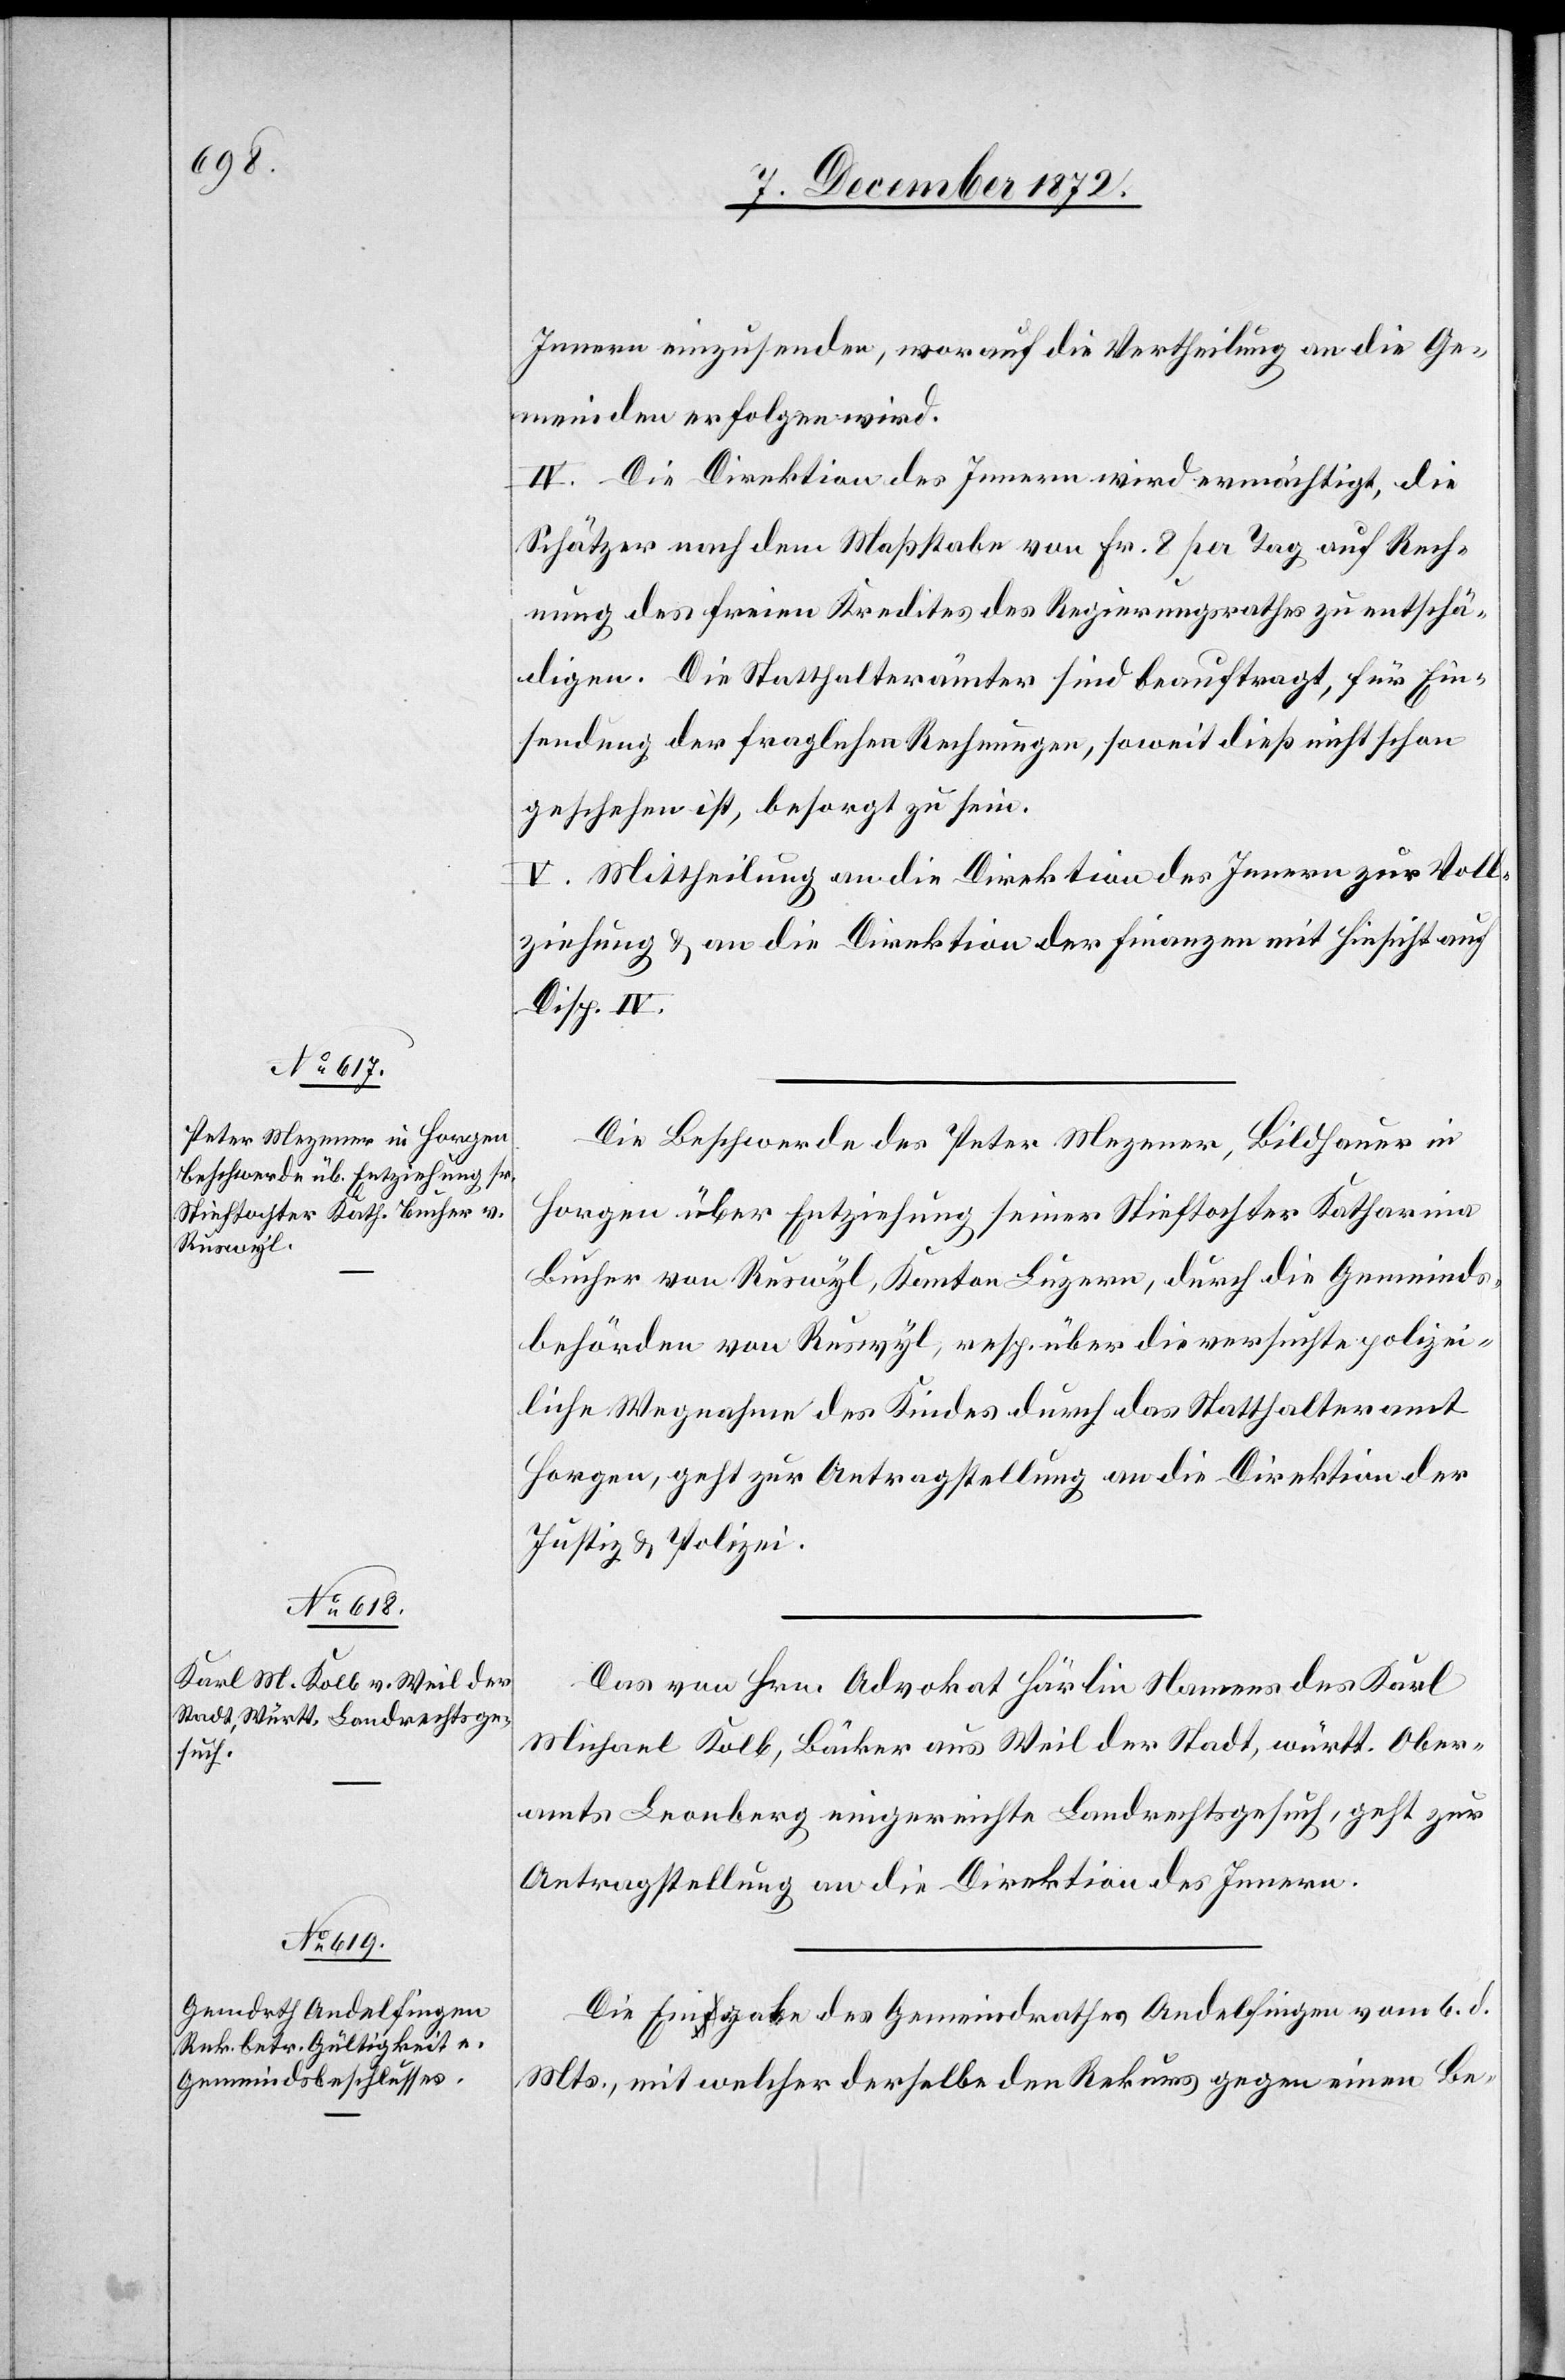
10. December 1872.]
Innern einzusenden, worauf die Vertheilung an die Ge¬
meinden erfolgen wird.
IV. Die Direktion des Innern wird ermächtigt, die
Schätzer nach dem Maßstabe von Fr. 8 per Tag auf Rech¬
nung des freien Kredites des Regierungsrathes zu entschä¬
digen. Die Statthalterämter sind beauftragt, für Ein¬
sendung der fraglichen Rechnungen, soweit dieß nicht schon
geschehen ist, besorgt zu sein.
V. Mittheilung an die Direktion des Innern zur Voll¬
ziehung u. an die Direktion der Finanzen mit Hinsicht auf
Disp. IV.
Die Beschwerde des Peter Mezener, Bildhauer in
Horgen über Entziehung seiner Stieftochter Katharina
Bucher von Ruswyl, Kanton Luzern, durch die Gemeinds¬
behörden von Ruswyl, resp. über die versuchte polizei¬
liche Wegnahme des Kindes durch das Statthalteramt
Horgen, geht zur Antragstellung an die Direktion der
Justiz u. Polizei.
Das von Hrn. Advokat Härlin Namens des Karl
Michael Kolb, Bäcker aus Weil der Stadt, württ. Ober¬
amts Leonberg eingereichte Landrechtsgesuch, geht zur
Antragstellung an die Direktion des Innern.
Die Eingabe des Gemeindrathes Andelfingen vom 6. d.
Mts., mit welcher derselbe den Rekurs gegen einen Be-